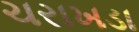
ચરાખડા